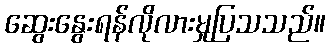
ဆွေးနွေးရန်လိုလားမှုပြသသည်။